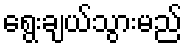
ရွေးချယ်သွားမည်